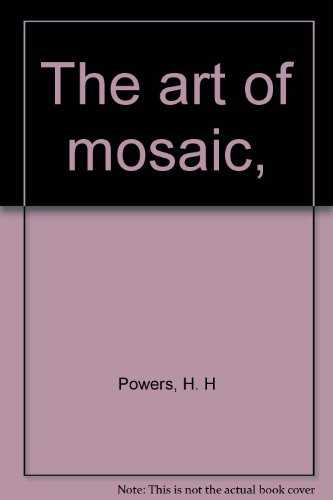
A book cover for The art of mosaic,; H. H Powers; Arts & Photography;